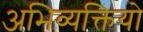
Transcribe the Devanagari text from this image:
अभिव्यक्तियो